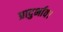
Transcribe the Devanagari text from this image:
प्रादुर्भाव।